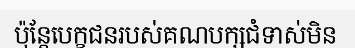
ប៉ុន្តែបេក្ខជនរបស់គណបក្សជំទាស់មិន